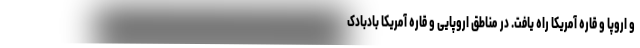
و اروپا و قاره آمریکا راه یافت. در مناطق اروپایی و قاره آمریکا بادبادک